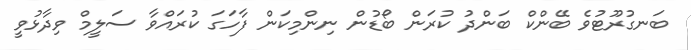
ބަނގުރޫޓުވެ ބޭންކް ބަންދު ކުރަން ބޯޑުން ނިންމިކަން ފާހަގަ ކުރައްވާ ސަލީމް ވިދާޅުވީ